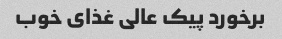
برخورد پیک عالی غذای خوب